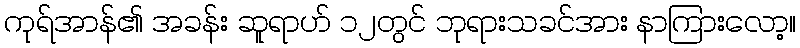
ကုရ်အာန်၏ အခန်း ဆူရာဟ် ၁၂တွင် ဘုရားသခင်အား နာကြားလော့။